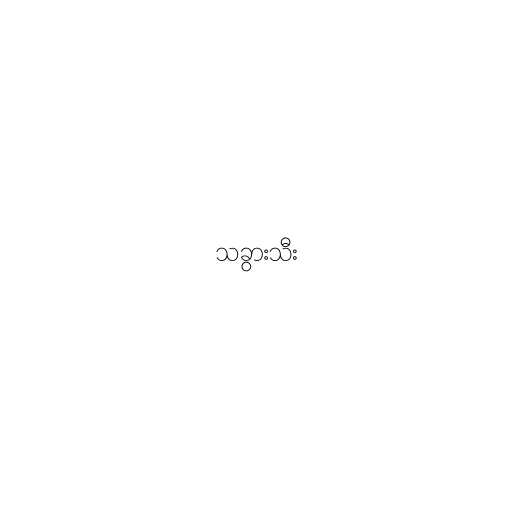
သခွားသီး